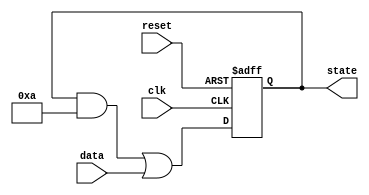
module FeedbackRegister (
    input wire clk,          // Clock signal
    input wire reset,        // Reset signal
    input wire [3:0] data,   // External data input
    output reg [3:0] state   // Current state output
);

    // Feedback Logic: Example logic that computes the next state
    wire [3:0] next_state;
    assign next_state = (state & 4'b1010) | data; // Example logic for feedback

    // Sequential Logic: State Update
    always @(posedge clk or posedge reset) begin
        if (reset) begin
            state <= 4'b0000; // Reset state to 0
        end else begin
            state <= next_state; // Update state with feedback logic
        end
    end

endmodule